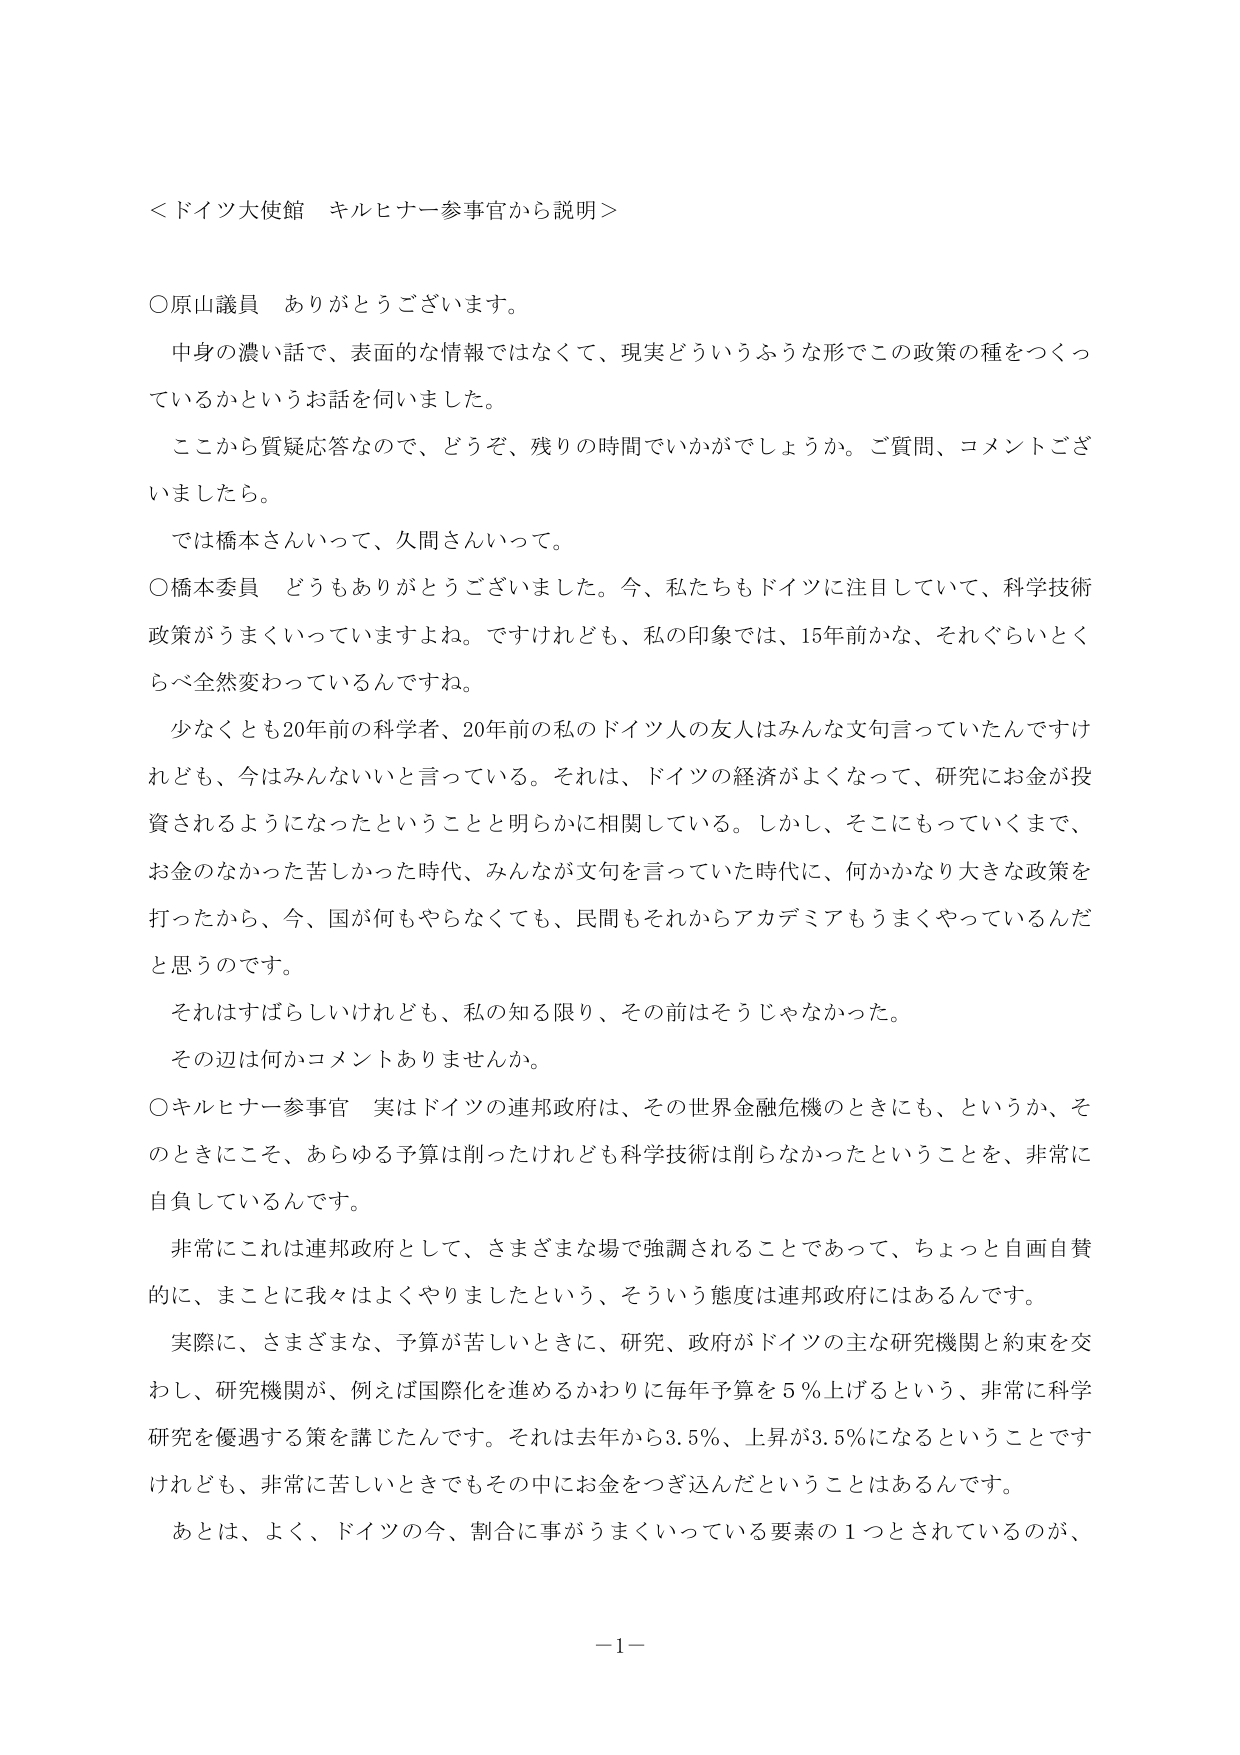
＜ドイツ大使館 キルヒナー参事官から説明＞

○原山議員 ありがとうございます。
　中身の濃い話で、表面的な情報ではなくて、現実どういうふうな形でこの政策の種をつくっているかというお話を伺いました。
　ここから質疑応答なので、どうぞ、残りの時間でいかがでしょうか。ご質問、コメントございましたら。
　では橋本さんいって、久間さんいって。

○橋本委員 どうもありがとうございました。今、私たちもドイツに注目していて、科学技術政策がうまくいっていますよね。ですけれども、私の印象では、15年前かな、それぐらいとくらべ全然変わっているんですね。
　少なくとも20年前の科学者、20年前の私のドイツ人の友人はみんな文句言っていたんですけども、今はみんないいと言っている。それは、ドイツの経済がよくなって、研究にお金が投資されるようになったということと明らかに相関している。しかし、そこにもっていくまで、お金のなかった苦しかった時代、みんなが文句を言っていた時代に、何かかなり大きな政策を打ったから、今、国が何もやらなくても、民間もそれからアカデミアもうまくやっているんだと思うのです。
　それはすばらしいけれども、私の知る限り、その前はそうじゃなかった。
　その辺は何かコメントありませんか。

○キルヒナー参事官 実はドイツの連邦政府は、その世界金融危機のときにも、というか、そのときにこそ、あらゆる予算は削ったけれども科学技術は削らなかったということを、非常に自負しているんです。
　非常にこれは連邦政府として、さまざまな場で強調されることであって、ちょっと自画自賛的に、まことに我々はよくやりましたという、そういう態度は連邦政府にはあるんです。
　実際に、さまざまな、予算が苦しいときに、研究、政府がドイツの主な研究機関と約束を交わし、研究機関が、例えば国際化を進めるかわりに毎年予算を5％上げるという、非常に科学研究を優遇する策を講じたんです。それは去年から3.5％、上昇が3.5％になるということですけれども、非常に苦しいときでもその中にお金をつぎ込んだということはあるんです。
　あとは、よく、ドイツの今、割合に事がうまくいっている要素の1つとされているのが、

－1－